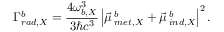
\Gamma _ { r a d , X } ^ { b } = \frac { 4 \omega _ { b , X } ^ { 3 } } { 3 \hbar c ^ { 3 } } \left| \vec { \mu } \, _ { m e t , X } ^ { b } + \vec { \mu } \, _ { i n d , X } ^ { b } \right| ^ { 2 } .